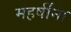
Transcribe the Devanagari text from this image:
महर्षींना